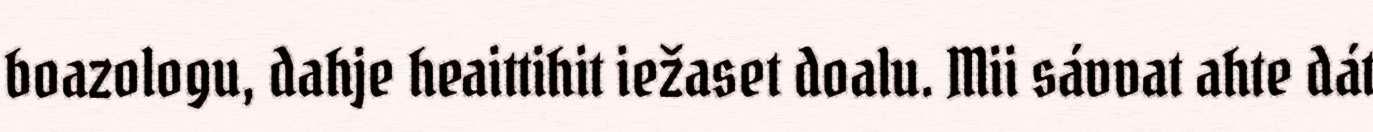
boazologu, dahje heaittihit iežaset doalu. Mii sávvat ahte dát